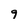
Character: 9